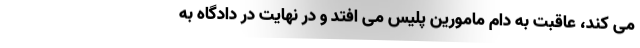
می کند، عاقبت به دام مامورین پلیس می افتد و در نهایت در دادگاه‌ به